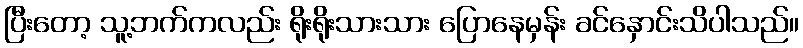
ပြီးတော့ သူ့ဘက်ကလည်း ရိုးရိုးသားသား ပြောနေမှန်း ခင်နှောင်းသိပါသည်။